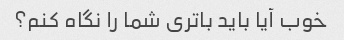
خوب آیا باید باتری شما را نگاه کنم؟